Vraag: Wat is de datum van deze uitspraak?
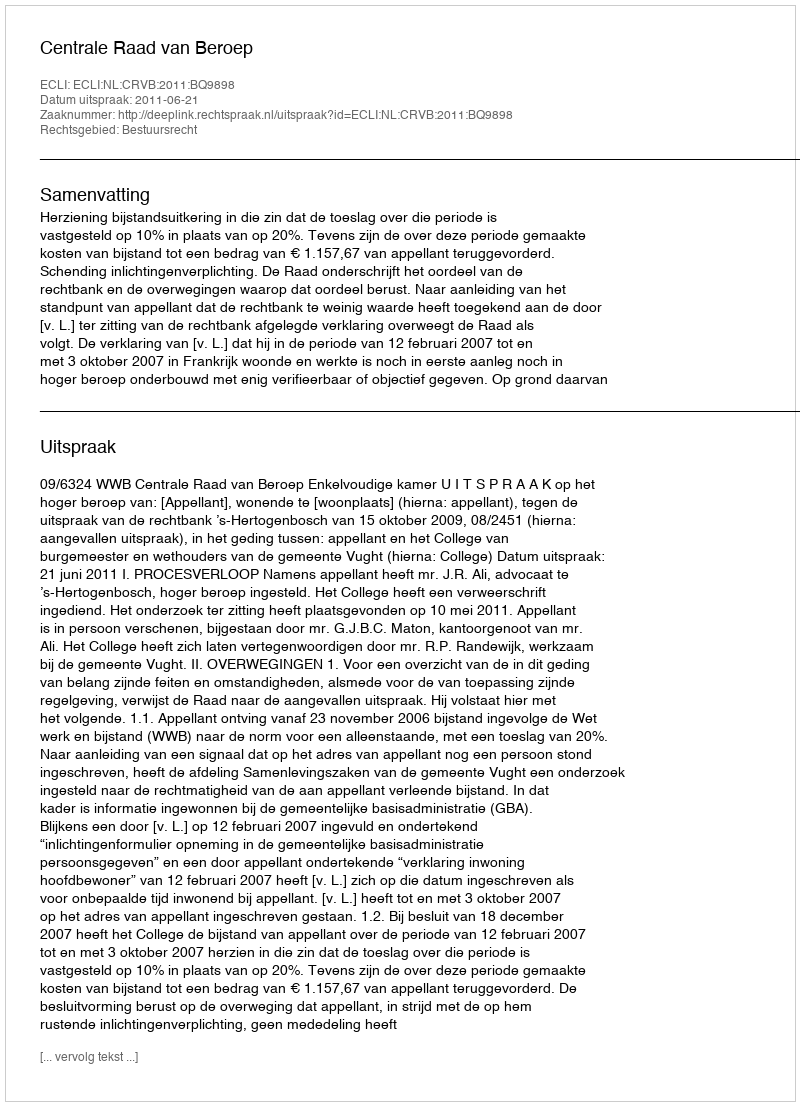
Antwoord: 2011-06-21